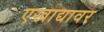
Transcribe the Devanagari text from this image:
एखाद्यावर